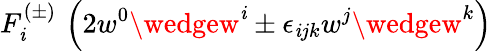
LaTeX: F_{\mathit{i}}^{(\pm)}\, \left(2w^{0}\wedgew^{\mathit{i}}\pm\epsilon_{\mathit{i}jk}w^{j}\wedgew^{k}\right)